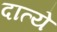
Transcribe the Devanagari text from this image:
दात्ये